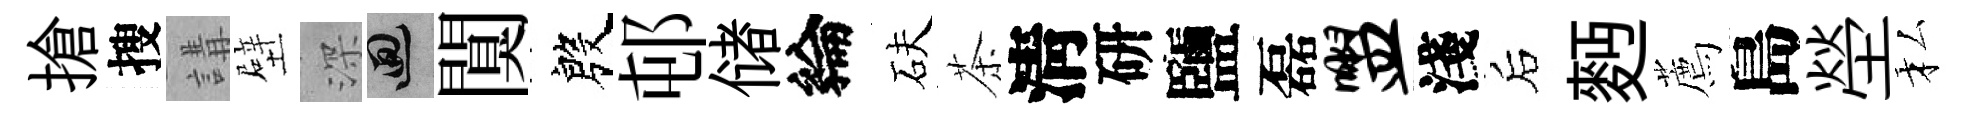
搶搜講壁深回闃殷邨储綸砆茶淸研鹽磊盥淺后麪薦島塋私